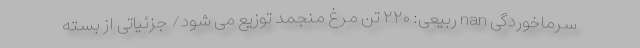
سرماخوردگی nan ربیعی: ۲۲۰ تن مرغ منجمد توزیع می شود/ جزئیاتی از بسته